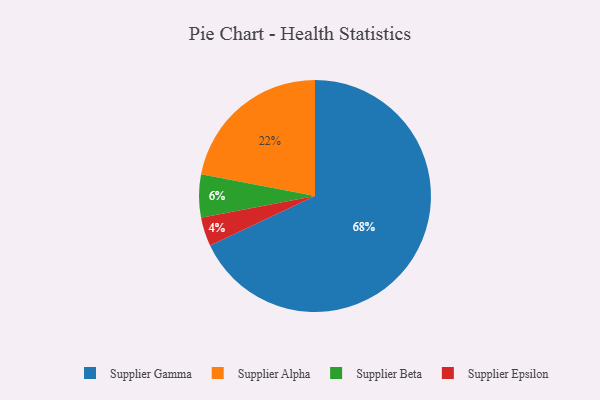
{"axis": {"x": "Category", "y": "Percentage"}, "legend": ["Supplier Alpha", "Supplier Beta", "Supplier Epsilon", "Supplier Gamma"], "data": [{"x": "Supplier Beta", "y": 6, "type": "Supplier Beta"}, {"x": "Supplier Epsilon", "y": 4, "type": "Supplier Epsilon"}, {"x": "Supplier Gamma", "y": 68, "type": "Supplier Gamma"}, {"x": "Supplier Alpha", "y": 22, "type": "Supplier Alpha"}]}